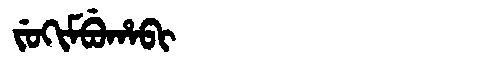
Manchu: ᠵᡠᡴᡳᠮᠪᡠᡥᠠᠪᡳ
Romanization: JUKIMBUHABI